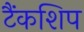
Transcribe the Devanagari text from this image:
टैंकशिप